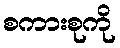
စကားစုကို